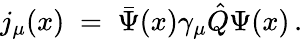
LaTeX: j_{\mu}(x)\; =\; \bar{\Psi}(x)\gamma_{\mu}\hat{Q}\Psi(x)\, .